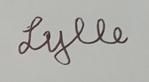
Signature authenticity: genuine